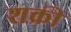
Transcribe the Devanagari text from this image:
शक्री